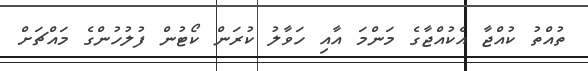
ތުއްތު ކުއްޖާ އެކުއްޖާގެ މަންމަ އާއި ހަވާލު ކުރަން ކޯޓުން ފުލުހުންގެ މައްޗަށް